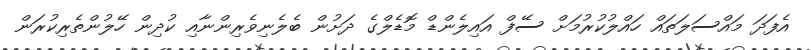
އެފަދަ މައްސަލަތައް ހައްލުކުރުމަށް ސޭފް އައިލެންޑް މޮޑެލްގެ ދަށުން ބެލެނިވެރިންނާއި ކުދިން ހޭލުންތެރިކުރަން